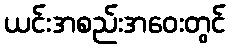
ယင်းအစည်းအဝေးတွင်